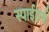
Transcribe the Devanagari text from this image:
स्पाईडर्स